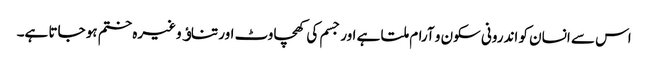
اس سے انسان کو اندرونی سکون و آرام ملتا ہے اور جسم کی کھچاوٹ اور تناﺅ وغیرہ ختم ہو جاتا ہے۔